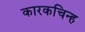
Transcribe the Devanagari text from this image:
कारकचिन्ह